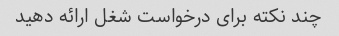
چند نکته برای درخواست شغل ارائه دهید